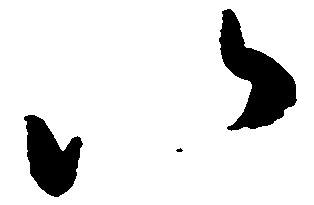
以